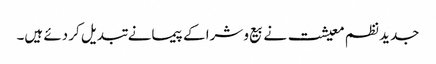
جدید نظم معیشت نے بیع و شرا کے پیمانے تبدیل کر دئے ہیں۔